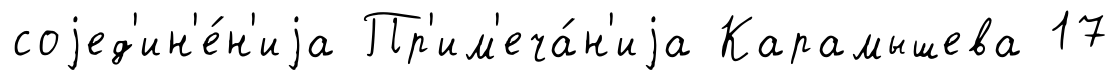
соjед'ин'е́н'иjа Пр'им'еча́н'иjа Карамышева 17